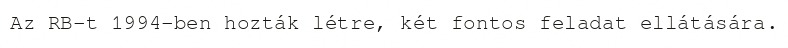
Az RB-t 1994-ben hozták létre, két fontos feladat ellátására.